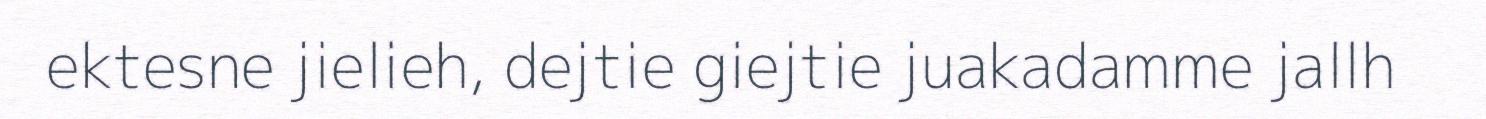
ektesne jielieh, dejtie giejtie juakadamme jallh